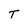
Character: T